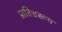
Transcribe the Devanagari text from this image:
प्रातिशरूय